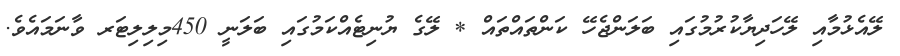
ލޭއެޅުމާއި ލޭހަދިޔާކުރުމުގައި ބަލަންޖެހޭ ކަންތައްތައް * ލޭގެ ޔުނިޓެއްކަމުގައި ބަލަނީ 450މިލިލިޓަރ ވާނަމައެވެ.